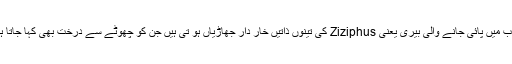
عرب میں پائی جانے والی بیری یعنی Ziziphus کی تینوں ذاتیں خار دار جھاڑیاں ہو تی ہیں جن کو چھوٹے سے درخت بھی کہا جاتا ہے۔